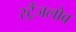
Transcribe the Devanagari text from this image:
स्ट्रैंजलोव